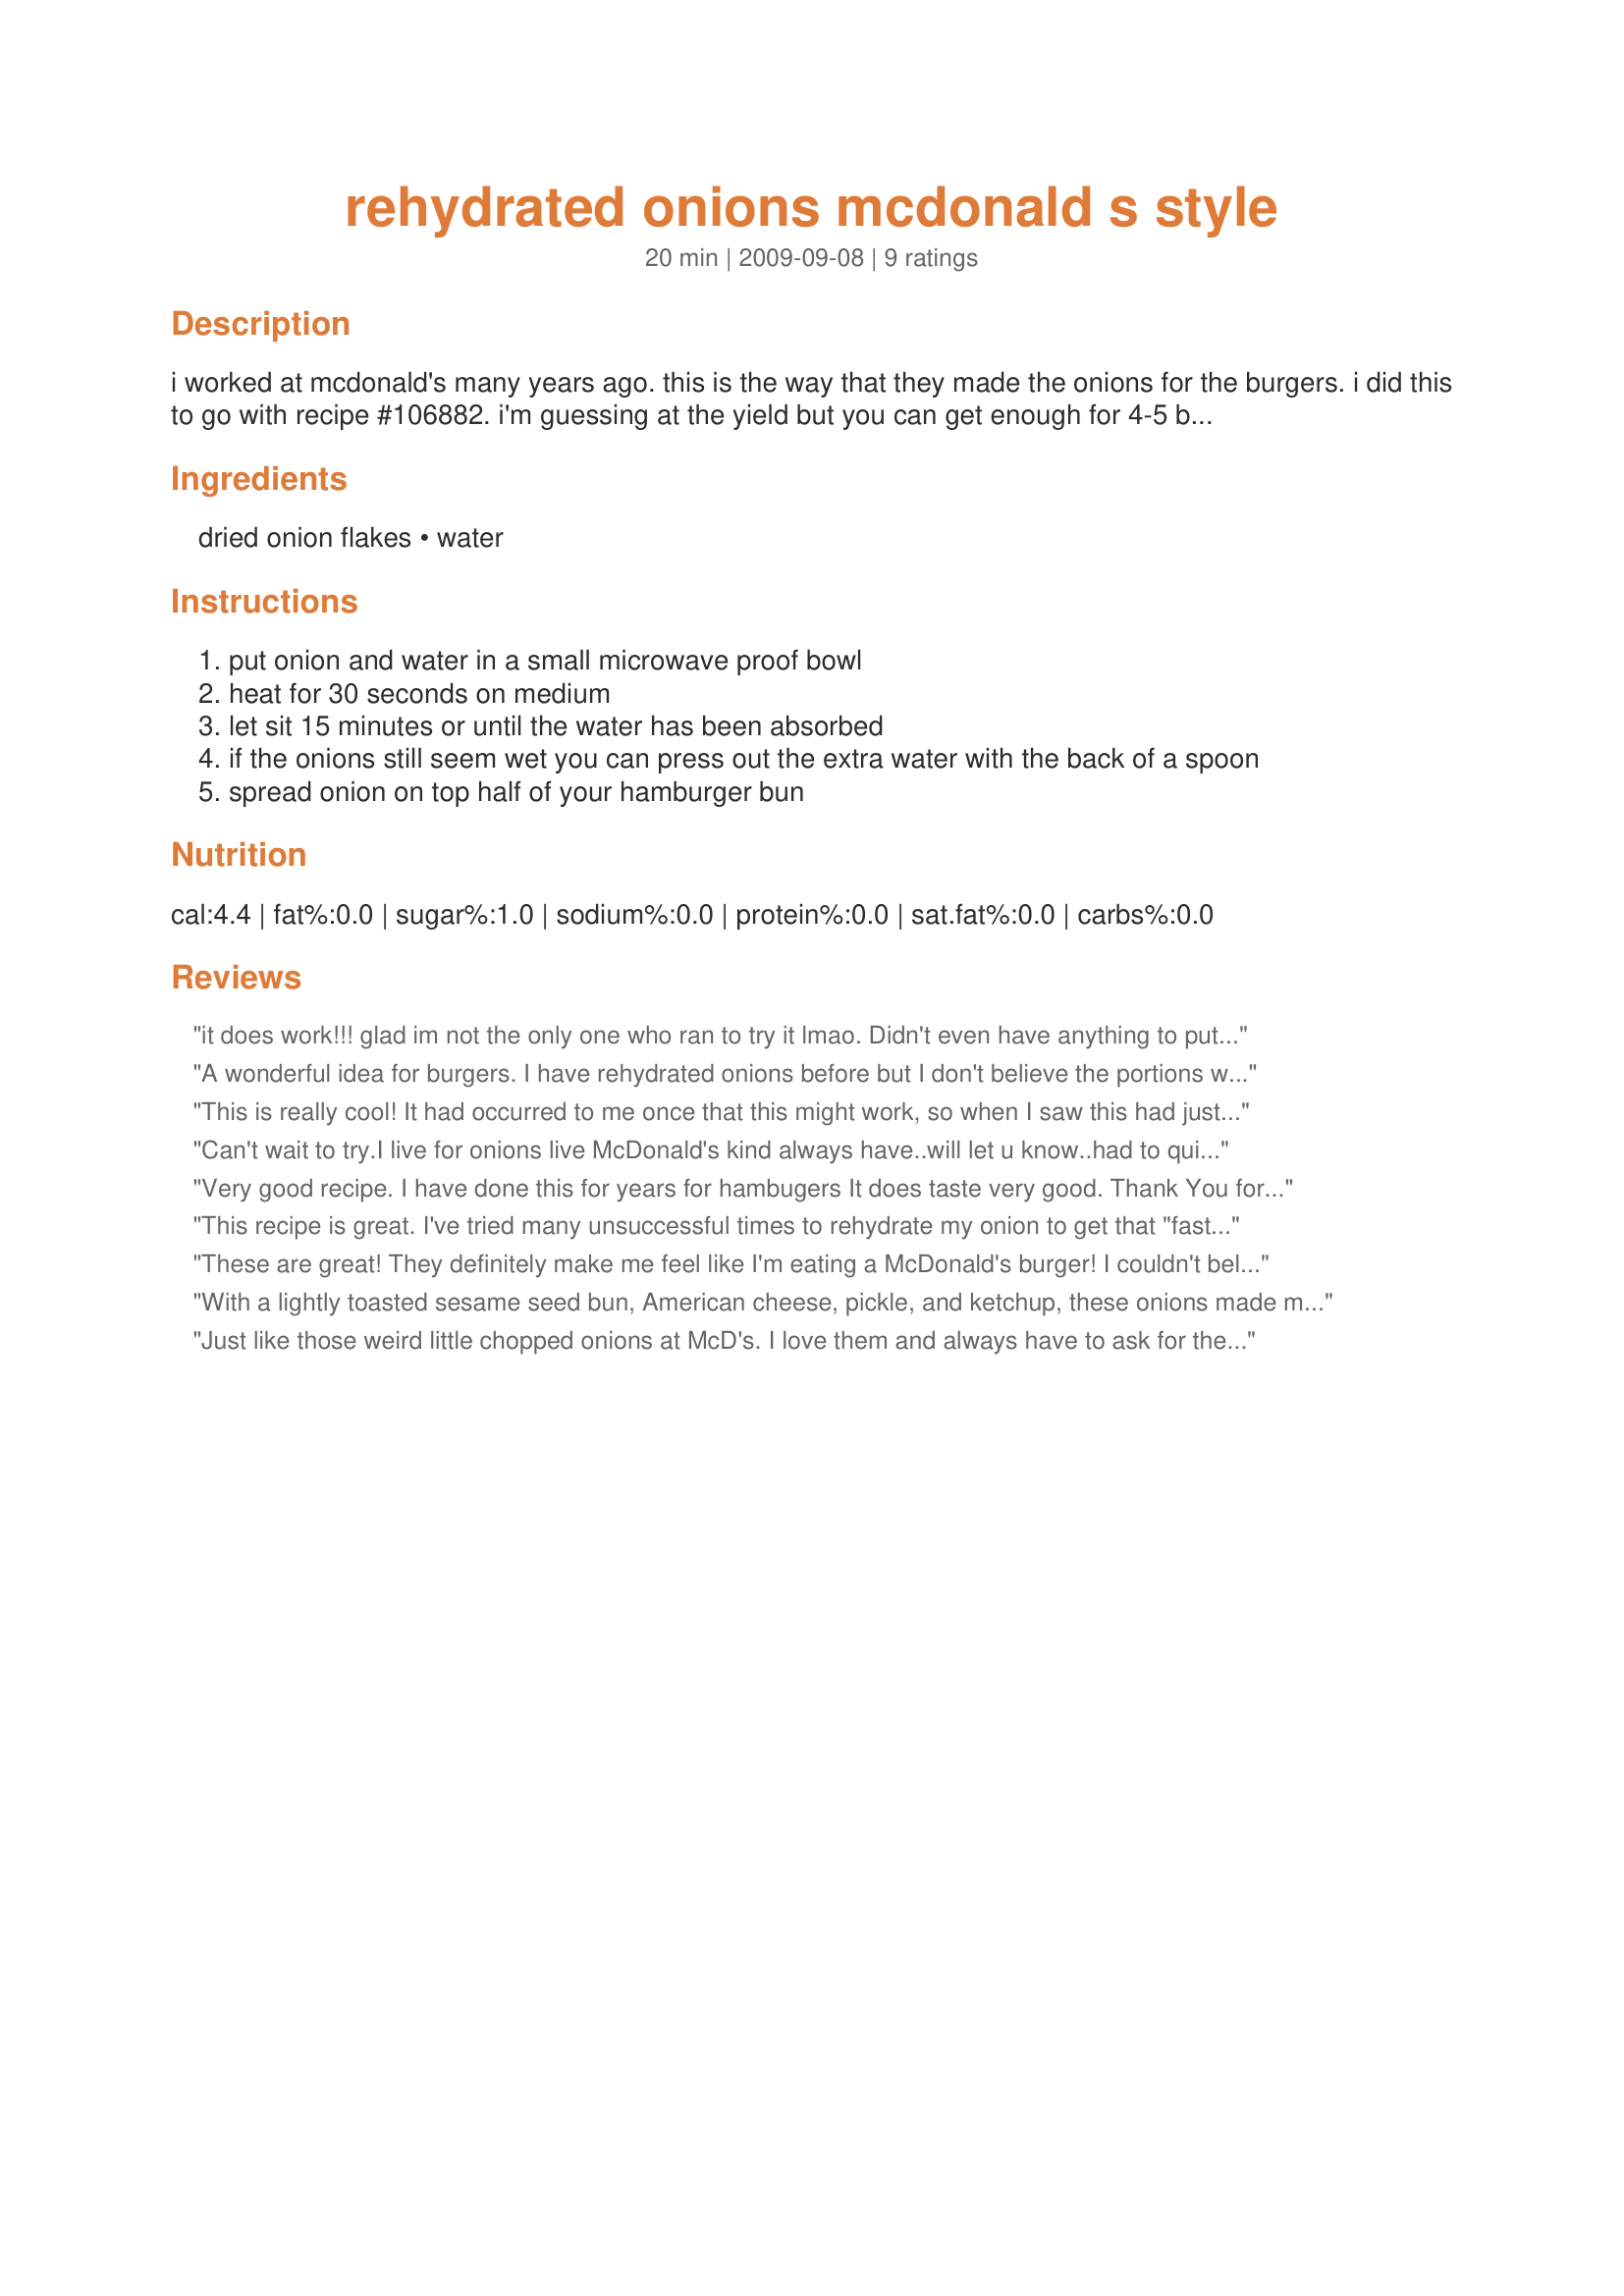
rehydrated onions mcdonald s style
Preparation time: 20 minutes

i worked at mcdonald's many years ago. this is the way that they made the onions for the burgers. i did this to go with recipe #106882. i'm guessing at the yield but you can get enough for 4-5 burgers depending on how much you like funky onions.

Ingredients:
dried onion flakes, water

Steps:
put onion and water in a small microwave proof bowl
heat for 30 seconds on medium
let sit 15 minutes or until the water has been absorbed
if the onions still seem wet you can press out the extra water with the back of a spoon
spread onion on top half of your hamburger bun

Reviews:
it does work!!! glad im not the only one who ran to try it lmao. Didn't even have anything to put it on, just wanted to see.
A wonderful idea for burgers. I have rehydrated onions before but I don't believe the portions were the same. These portions worked very well. Made for *PAC Spring 2010*
This is really cool! It had occurred to me once that this might work, so when I saw this had just been posted, I hopped up right away to give it a shot. Thanks for inspiring me to try it.
Can't wait to try.I live for onions live McDonald's kind always have..will let u know..had to quit regular onions cause of stomach issues but never have a problem with McDonald's....thanks for the tip will let u know..
Very good recipe. I have done this for years for hambugers It does taste very good. Thank You for a good thoughtful recipe. Hugs
This recipe is great. I've tried many unsuccessful times to rehydrate my onion to get that "fast food taste". I've never though to microwave them. They turned out perfectly.
These are great! They definitely make me feel like I'm eating a McDonald's burger! I couldn't believe how simple & easy it was! I used them with Recipe #106882 for our Big Mac meal :) We'll definitely be using this on burgers to come! Thanks!
With a lightly toasted sesame seed bun, American cheese, pickle, and ketchup, these onions made my burger taste just like a Quarter Pounder with cheese.
Just like those weird little chopped onions at McD's. I love them and always have to ask for them to substitute them for the real onions on the QPw/C. They even have an option on their register when taking your order "different onions" lol I'll be making this and the faux Big Mac sauce from now on:)
